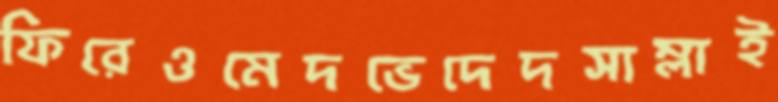
ফিরেওমেদভেদেদসাম্‌লাই